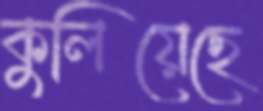
কুলিয়েছে